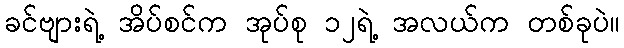
ခင်ဗျားရဲ့ အိပ်စင်က အုပ်စု ၁၂ရဲ့ အလယ်က တစ်ခုပဲ။